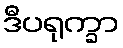
ဒီပရုက္ခာ